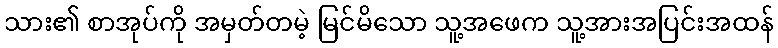
သား၏ စာအုပ်ကို အမှတ်တမဲ့ မြင်မိသော သူ့အဖေက သူ့အားအပြင်းအထန်